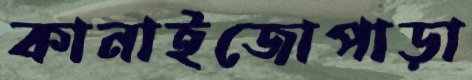
কানাইজোপাড়া